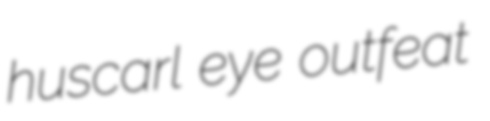
huscarl eye outfeat